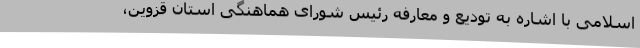
اسلامی با اشاره به تودیع و معارفه رئیس شورای هماهنگی استان قزوین،